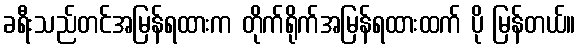
ခရီးသည်တင်အမြန်ရထားက တိုက်ရိုက်အမြန်ရထားထက် ပို မြန်တယ်။